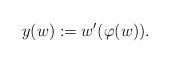
\begin{align*} y(w) : = w'(\varphi(w)).\end{align*}